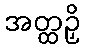
အတ္ထဉှိ